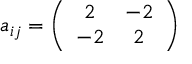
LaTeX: a _ { i j } = \left( \begin{array} { c c } { { 2 } } & { { - 2 } } \\ { { - 2 } } & { { 2 } } \end{array} \right)